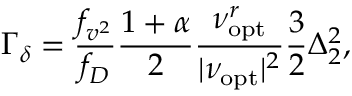
\Gamma _ { \delta } = \frac { f _ { v ^ { 2 } } } { f _ { D } } \frac { 1 + \alpha } { 2 } \frac { \nu _ { \mathrm { o p t } } ^ { r } } { | \nu _ { \mathrm { o p t } } | ^ { 2 } } \frac { 3 } { 2 } \Delta _ { 2 } ^ { 2 } ,